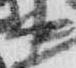
中